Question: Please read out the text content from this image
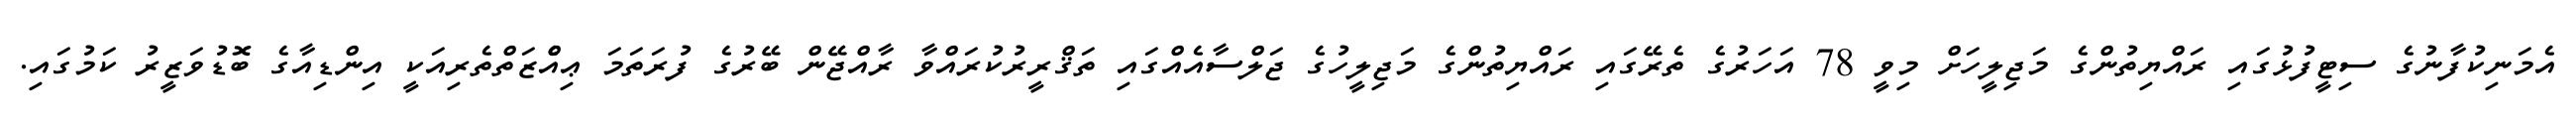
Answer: އެމަނިކުފާނުގެ ސިޓީފުޅުގައި ރައްޔިތުންގެ މަޖިލީހަށް މިވީ 78 އަހަރުގެ ތެރޭގައި ރައްޔިތުންގެ މަޖިލީހުގެ ޖަލްސާއެއްގައި ތަޤްރީރުކުރައްވާ ރާއްޖޭން ބޭރުގެ ފުރަތަމަ ޢިއްެޒަތްތެރިއަކީ އިންޑިއާގެ ބޮޑުވަޒީރު ކަމުގައި.